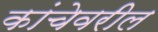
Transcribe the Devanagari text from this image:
कांचेवरील